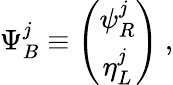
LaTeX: \Psi_{B}^{j}\equiv\left(\begin{array}{c}{{\psi_{R}^{j}}}\\ {{\eta_{L}^{j}}}\end{array}\right)~,